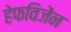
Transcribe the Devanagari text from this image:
हेफविजेंन